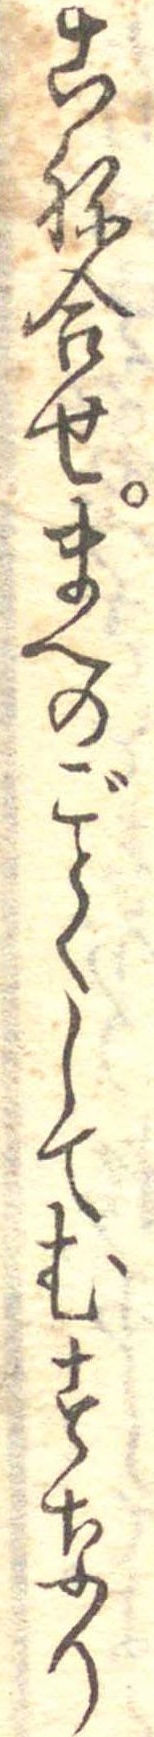
こね合せまへのごとくしてむすなり